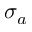
\sigma _ { a }